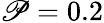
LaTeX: \mathscr{P}=0.2